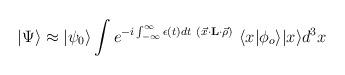
LaTeX: \begin{align*}|\Psi\rangle\approx |\psi_0\rangle \int e^{-i\int_{-\infty}^{\infty} \epsilon(t) dt{}~(\vec x\cdot {\bf L}\cdot\vec \rho) } ~\langle x|\phi_o\rangle |x\rangle d^3x\end{align*}